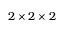
2 \times 2 \times 2